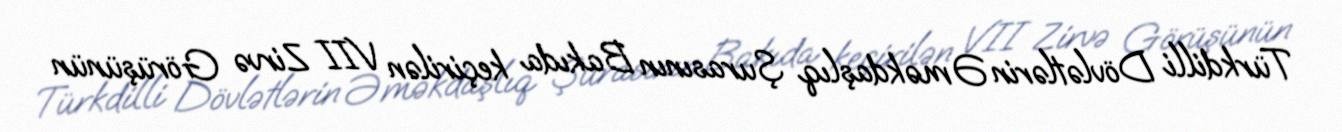
Türkdilli Dövlətlərin Əməkdaşlıq Şurasının Bakıda keçirilən VII Zirvə Görüşünün